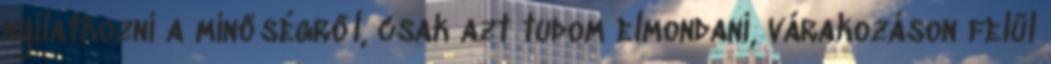
nyilatkozni a minőségről, csak azt tudom elmondani, várakozáson felül